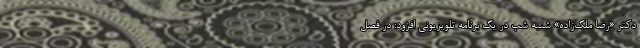
دکتر «رضا ملک‌زاده» شنبه شب در یک برنامه تلویزیونی افزود: در فصل